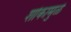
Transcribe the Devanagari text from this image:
शोकामुळे